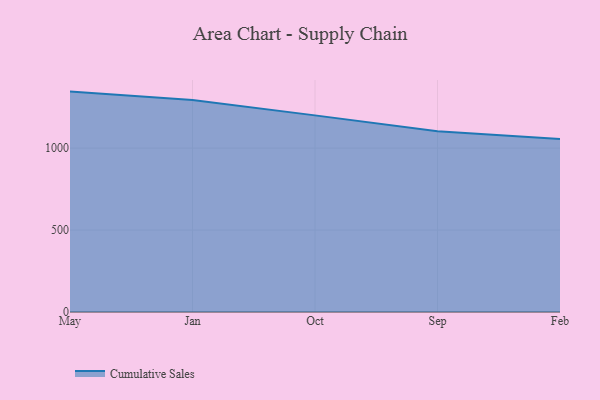
{"axis": {"x": "Month", "y": "Tickets Resolved"}, "legend": ["Cumulative Sales"], "data": [{"x": "May", "y": 1344.8, "type": "Cumulative Sales"}, {"x": "Jan", "y": 1293.3, "type": "Cumulative Sales"}, {"x": "Oct", "y": 1199.7, "type": "Cumulative Sales"}, {"x": "Sep", "y": 1103.3, "type": "Cumulative Sales"}, {"x": "Feb", "y": 1055.5, "type": "Cumulative Sales"}]}